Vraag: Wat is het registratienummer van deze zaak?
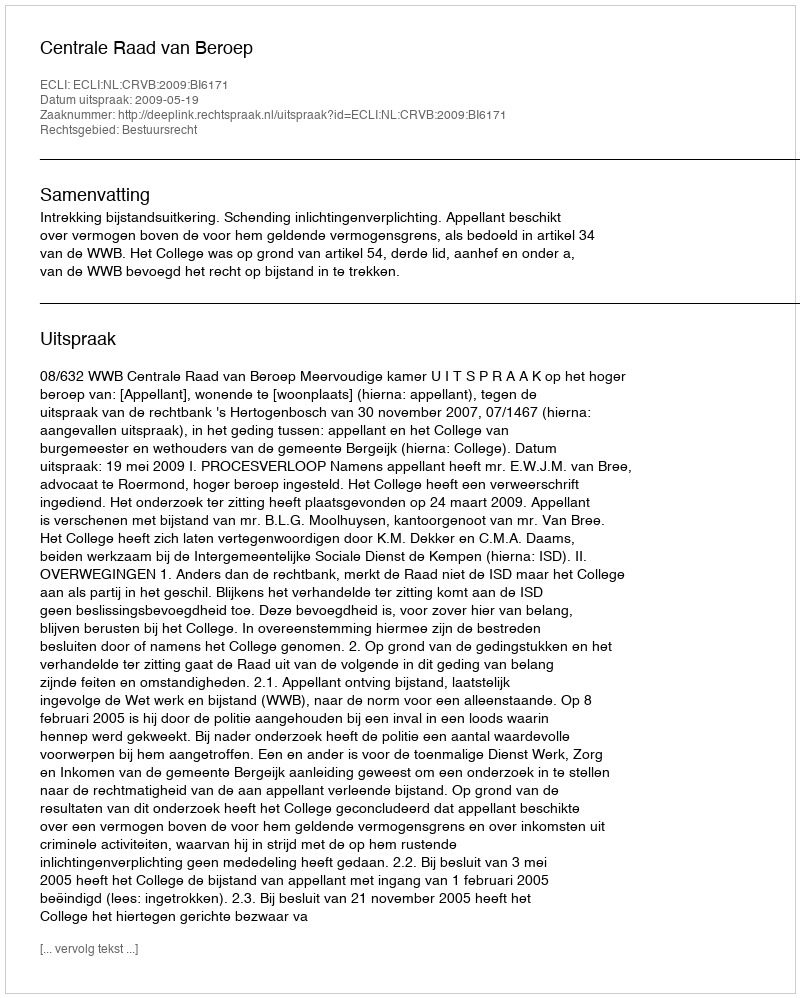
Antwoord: http://deeplink.rechtspraak.nl/uitspraak?id=ECLI:NL:CRVB:2009:BI6171